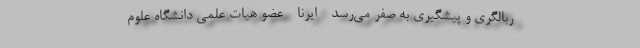
ربالگری و پیشگیری به صفر می‌رسد - ایرنا - عضو هیات علمی دانشگاه علوم